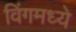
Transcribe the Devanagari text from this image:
विंगमध्ये